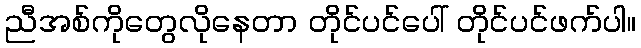
ညီအစ်ကိုတွေလိုနေတာ တိုင်ပင်ပေါ် တိုင်ပင်ဖက်ပါ။